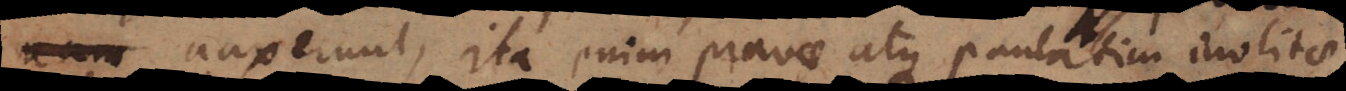
auxerunt, ita enim pravae atque paulatim inolitae